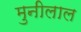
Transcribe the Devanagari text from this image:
मुनीलाल